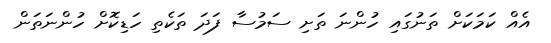
އެއް ކަމަކަށް ތަނުގައި ހުންނަ ތަށި ސަމުސާ ފަދަ ތަކެތި ހަޑިކޮށް ހުންނަތަން